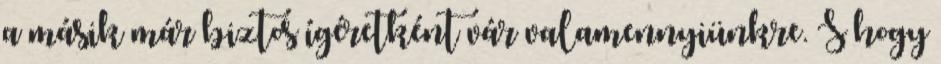
a másik már biztos ígéretként vár valamennyiünkre. S hogy